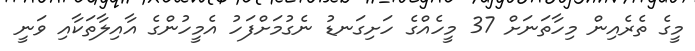
މީގެ ތެރެއިން މިހާތަނަށް 37 މީހެއްގެ ހަށިގަނޑު ނެގުމަށްފަހު އެމީހުންގެ އާއިލާތަކާއި ވަނީ